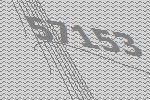
57153